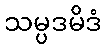
သမ္ပဒမိဒံ